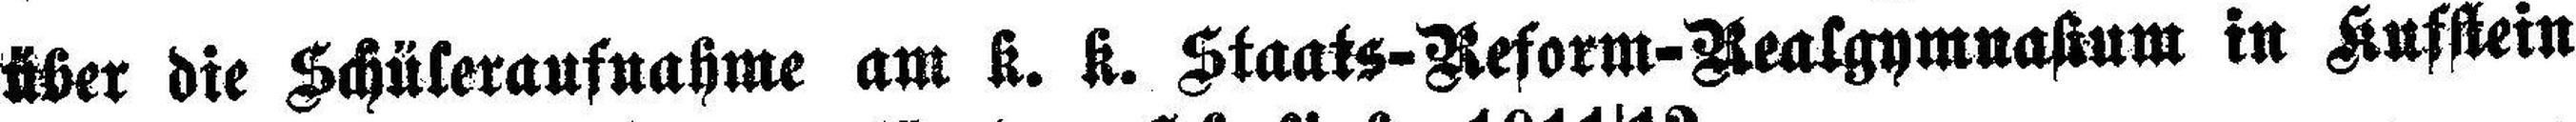
über die Schüleraufnahme am k. k. Staats-Reform-Realgymnasium in Kufstein